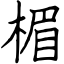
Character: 楣